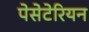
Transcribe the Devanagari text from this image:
पेसेटेरियन